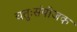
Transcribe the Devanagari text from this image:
चतुःसंयोजक